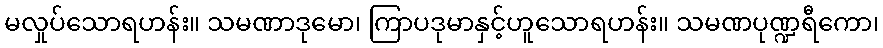
မလှုပ်သောရဟန်း။ သမဏာဒုမော၊ ကြာပဒုမာနှင့်ဟူသောရဟန်း။ သမဏပုဏ္ဍရီကော၊